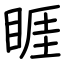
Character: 睚